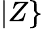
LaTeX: |Z\}